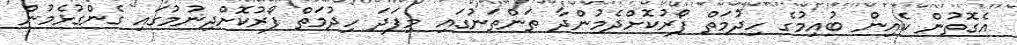
އެގޮތުން ކެއިން ބުއިމުގެ ހިދުމަތް ފޯރުކޮށްދެމުންދާ ތަންތަނުގައި މިފަދަ ހިދުމަތް ފޯރުކޮށްދިނުމުގައި ގެންގުޅެމުން